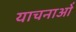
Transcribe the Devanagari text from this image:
याचनाओं